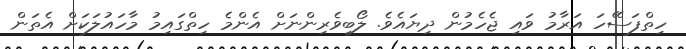
ހިތްފަސޭހަ އަރާމު ވައި ޖެހެމުން ދިޔައެވެ. ލޯބިވެރިންނަށް އެންމެ ހިތްގައިމު މާހައުލަކަށް އެތަން